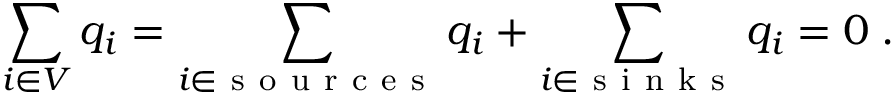
\sum _ { i \in V } q _ { i } = \sum _ { i \in \mathrm { ~ s ~ o ~ u ~ r ~ c ~ e ~ s ~ } } q _ { i } + \sum _ { i \in \mathrm { ~ s ~ i ~ n ~ k ~ s ~ } } q _ { i } = 0 \; .